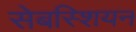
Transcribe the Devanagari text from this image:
सेबस्शियन